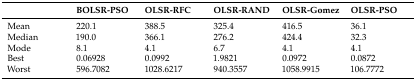
|  | BOLSR-PSO | OLSR-RFC | OLSR-RAND | OLSR-Gomez | OLSR-PSO |
 | --- | --- | --- | --- | --- | --- |
 | Mean | 220.1 | 388.5 | 325.4 | 416.5 | 36.1 |
 | Median | 190.0 | 366.1 | 276.2 | 424.4 | 32.3 |
 | Mode | 8.1 | 4.1 | 6.7 | 4.1 | 4.1 |
 | Best | 0.06928 | 0.0992 | 1.9821 | 0.0972 | 0.0872 |
 | Worst | 596.7082 | 1028.6217 | 940.3557 | 1058.9915 | 106.7772 |